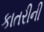
કાતરીની